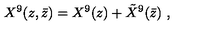
X ^ { 9 } ( z , \bar { z } ) = X ^ { 9 } ( z ) + { \tilde { X } } ^ { 9 } ( \bar { z } ) \ ,